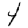
Digit: 4